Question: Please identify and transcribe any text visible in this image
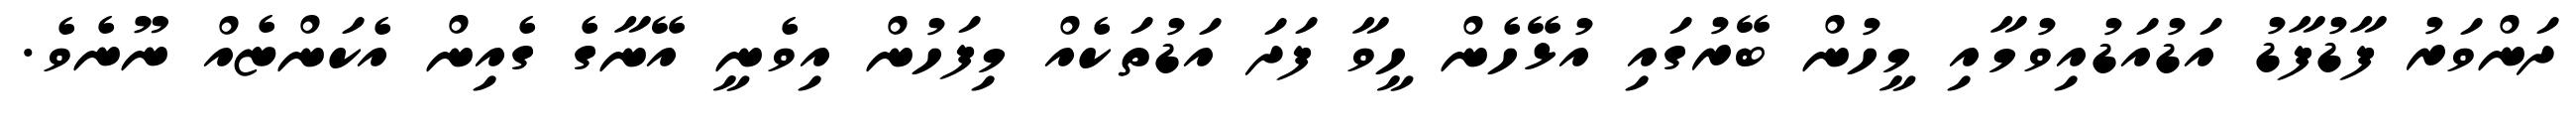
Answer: ދަންވަރު ފާޑުފާޑު އަޑުއަޑުއިވުމާއި މީހުން ބޭރުގައި އުޅޭހެން ހީވާ ފަދަ އަޑުތަކެއް މިފަހުން އިވެނީ އޭނާގެ ގެއިން އެކަންޏެއް ނޫނެވެ.